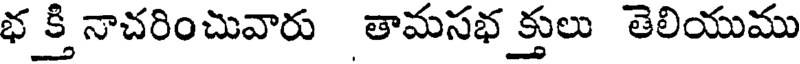
భ క్తి నాచరించువారు తామసభ క్తులు తెలియుము